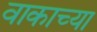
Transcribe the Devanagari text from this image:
वाकाच्या